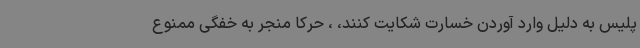
پلیس به دلیل وارد آوردن خسارت شکایت کنند، ، حرکا منجر به خفگی ممنوع